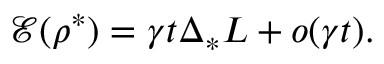
\mathscr { E } ( \rho ^ { * } ) = \gamma t \Delta _ { * } L + o ( \gamma t ) .